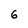
Character: 6